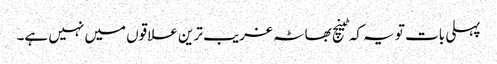
پہلی بات تو یہ کہ ٹینچ بھاٹہ غریب ترین علاقوں میں نہیں ہے۔